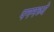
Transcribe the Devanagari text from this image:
पगमध्ये